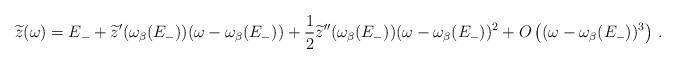
LaTeX: \begin{align*}\widetilde{z}(\omega)=E_-+\widetilde{z}'(\omega_\beta(E_-))(\omega-\omega_\beta(E_-))+\frac{1}{2}\widetilde{z}''(\omega_\beta(E_-))(\omega-\omega_\beta(E_-))^2+O\left((\omega-\omega_\beta(E_-))^3\right)\,.\end{align*}